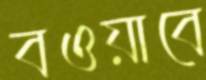
বওয়াবে